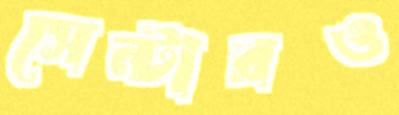
সেন্টারও